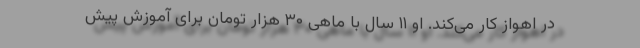
در اهواز کار می‌کند. او ۱۱ سال با ماهی ۳۰ هزار تومان برای آموزش پیش